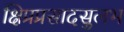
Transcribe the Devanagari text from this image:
क्षिप्रप्रसादसुलभ